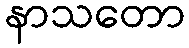
နာသတော